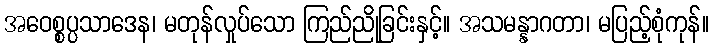
အဝေစ္စပ္ပသာဒေန၊ မတုန်လှုပ်သော ကြည်ညိုခြင်းနှင့်။ အသမန္နာဂတာ၊ မပြည့်စုံကုန်။